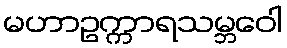
မဟာဥက္ကာရသမ္ဘဝေါ